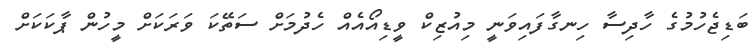
ބަޑިޖެހުމުގެ ހާދިސާ ހިނގާފައިވަނީ މިއުޒިކް ވީޑިއޯއެއް ހެދުމަށް ސަތޭކަ ވަރަކަށް މީހުން ޕާކަކަށް